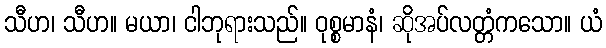
သီဟ၊ သီဟ။ မယာ၊ ငါဘုရားသည်။ ဝုစ္စမာနံ၊ ဆိုအပ်လတ္တံကသော။ ယံ